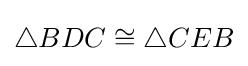
\triangle BDC\cong \triangle CEB